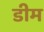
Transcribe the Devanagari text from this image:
डीम